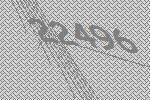
22496